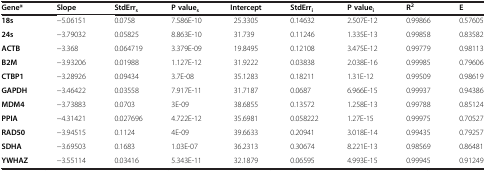
<table><thead><tr><td><b>Gene*</b></td><td><b>Slope</b></td><td><b>StdErr<sub>s</sub></b></td><td><b>P value<sub>s</sub></b></td><td><b>Intercept</b></td><td><b>StdErr<sub>i</sub></b></td><td><b>P value<sub>i</sub></b></td><td><b>R<sup>2</sup></b></td><td><b>E</b></td></tr></thead><tbody><tr><td><b>18s</b></td><td>−5.06151</td><td>0.0758</td><td>7.586E-10</td><td>25.3305</td><td>0.14632</td><td>2.507E-12</td><td>0.99866</td><td>0.57605</td></tr><tr><td><b>24s</b></td><td>−3.79032</td><td>0.05825</td><td>8.863E-10</td><td>31.739</td><td>0.11246</td><td>1.335E-13</td><td>0.99858</td><td>0.83582</td></tr><tr><td><b>ACTB</b></td><td>−3.368</td><td>0.064719</td><td>3.379E-09</td><td>19.8495</td><td>0.12108</td><td>3.475E-12</td><td>0.99779</td><td>0.98113</td></tr><tr><td><b>B2M</b></td><td>−3.93206</td><td>0.01988</td><td>1.127E-12</td><td>31.9222</td><td>0.03838</td><td>2.038E-16</td><td>0.99985</td><td>0.79606</td></tr><tr><td><b>CTBP1</b></td><td>−3.28926</td><td>0.09434</td><td>3.7E-08</td><td>35.1283</td><td>0.18211</td><td>1.31E-12</td><td>0.99509</td><td>0.98619</td></tr><tr><td><b>GAPDH</b></td><td>−3.46422</td><td>0.03558</td><td>7.917E-11</td><td>31.7187</td><td>0.0687</td><td>6.966E-15</td><td>0.99937</td><td>0.94386</td></tr><tr><td><b>MDM4</b></td><td>−3.73883</td><td>0.0703</td><td>3E-09</td><td>38.6855</td><td>0.13572</td><td>1.258E-13</td><td>0.99788</td><td>0.85124</td></tr><tr><td><b>PPIA</b></td><td>−4.31421</td><td>0.027696</td><td>4.722E-12</td><td>35.6981</td><td>0.058222</td><td>1.27E-15</td><td>0.99975</td><td>0.70527</td></tr><tr><td><b>RAD50</b></td><td>−3.94515</td><td>0.1124</td><td>4E-09</td><td>39.6633</td><td>0.20941</td><td>3.018E-14</td><td>0.99435</td><td>0.79257</td></tr><tr><td><b>SDHA</b></td><td>−3.69503</td><td>0.1683</td><td>1.03E-07</td><td>36.2313</td><td>0.30674</td><td>8.221E-13</td><td>0.98569</td><td>0.86481</td></tr><tr><td><b>YWHAZ</b></td><td>−3.55114</td><td>0.03416</td><td>5.343E-11</td><td>32.1879</td><td>0.06595</td><td>4.993E-15</td><td>0.99945</td><td>0.91249</td></tr></tbody></table>